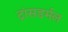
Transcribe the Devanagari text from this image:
ट्रांसडर्मल